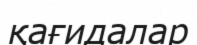
қағидалар